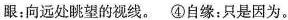
眼：向远处眺望的视线。④自缘：只是因为。